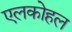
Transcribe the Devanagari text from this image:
एलकोहल